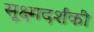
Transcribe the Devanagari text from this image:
सूक्ष्मदर्शकी